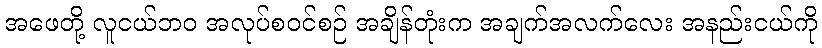
အဖေတို့ လူငယ်ဘဝ အလုပ်စဝင်စဉ် အချိန်တုံးက အချက်အလက်လေး အနည်းငယ်ကို